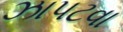
ઝાપટવા